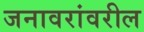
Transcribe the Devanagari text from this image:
जनावरांवरील